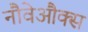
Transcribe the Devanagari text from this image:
नौवेऔक्स